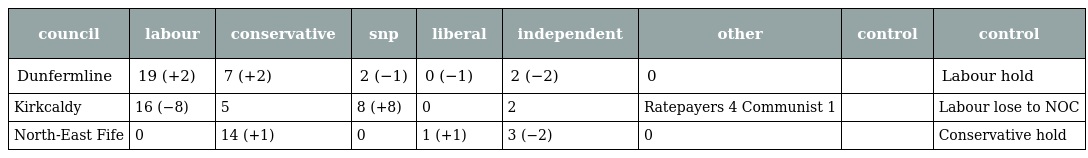
| council | labour | conservative | snp | liberal | independent | other | control | control |
 | --- | --- | --- | --- | --- | --- | --- | --- | --- |
 | Dunfermline | 19 (+2) | 7 (+2) | 2 (−1) | 0 (−1) | 2 (−2) | 0 |  | Labour hold |
 | Kirkcaldy | 16 (−8) | 5 | 8 (+8) | 0 | 2 | Ratepayers 4 Communist 1 |  | Labour lose to NOC |
 | North-East Fife | 0 | 14 (+1) | 0 | 1 (+1) | 3 (−2) | 0 |  | Conservative hold |